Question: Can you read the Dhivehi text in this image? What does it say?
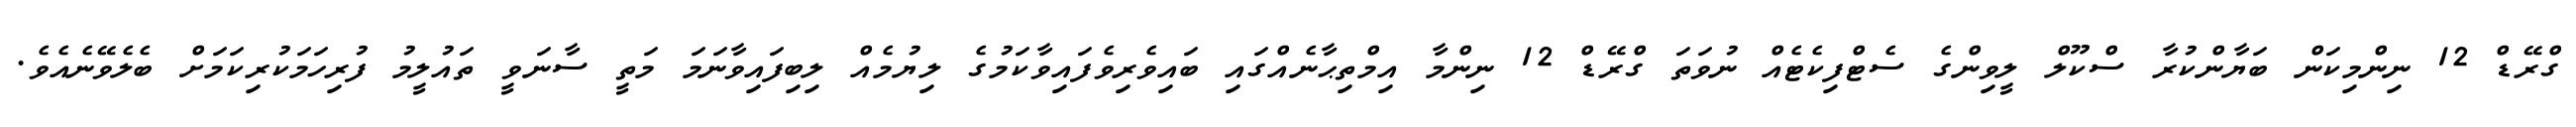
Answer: ގްރޭޑް 12 ނިންމިކަން ބަޔާންކުރާ ސްކޫލް ލީވިންގެ ސެޓްފިކެޓެއް ނުވަތަ ގްރޭޑް 12 ނިންމާ އިމްތިޙާނެއްގައި ބައިވެރިވެފައިވާކަމުގެ ލިޔުމެއް ލިބިފައިވާނަމަ މަތީ ސާނަވީ ތައުލީމު ފުރިހަމަކުރިކަމަށް ބެލެވޭނެއެވެ.